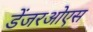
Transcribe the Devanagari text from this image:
डेंजरओएस